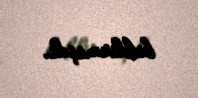
bildirmişdi.